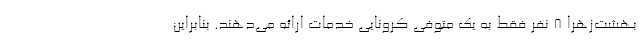
بهشت‌زهرا ۸ نفر فقط به یک متوفی کرونایی خدمات ارائه می‌دهند. بنابراین